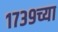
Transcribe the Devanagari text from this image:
१७३९च्या